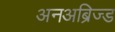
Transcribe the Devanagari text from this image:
अनअब्रिज्ड